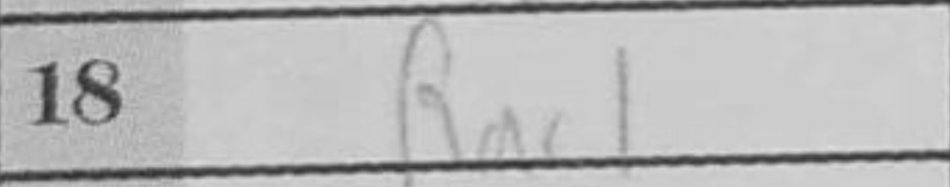
Transcription: Rac1